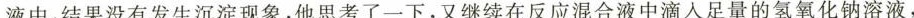
液中，结果没有发生沉淀现象，他思考了一下，又继续在反应混合液中滴入足量的氢氧化钠溶液，